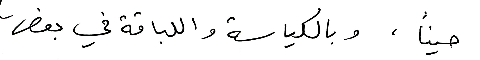
حيناً، وبالكياسة واللباقة في بعض